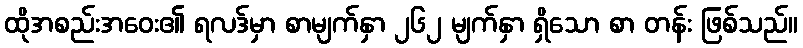
ထိုအစည်းအဝေး၏ ရလဒ်မှာ စာမျက်နှာ ၂၆၂ မျက်နှာ ရှိသော စာ တန်း ဖြစ်သည်။